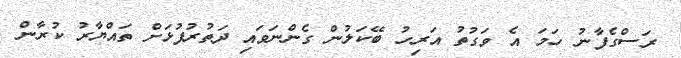
ރަސްގެފާނު ހަމަ އެ ވަގުތު އަރިހު ބޭކަލުން ގެންނަވައި ދަތުރުފުޅަށް ތައްޔާރު ކުރާން